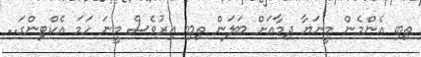
ތިބި އެންމެން މީނަޔާ ދިމާއަށް ބަލަން ތިބި އިރުވެސް މީނަ ހަމަ އެކްޓިންގަ..